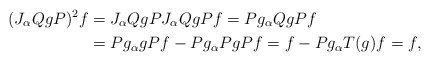
\begin{align*}(J_{\alpha}QgP)^2f & =J_{\alpha}QgPJ_{\alpha}QgP f= Pg_{\alpha}QgPf&\\&=Pg_{\alpha}gPf- Pg_{\alpha}PgPf =f-Pg_{\alpha}T(g)f=f,\end{align*}